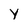
Character: Y